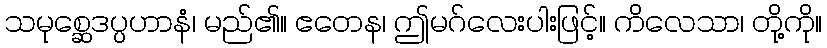
သမုစ္ဆေဒပ္ပဟာနံ၊ မည်၏။ ဧတေန၊ ဤမဂ်လေးပါးဖြင့်။ ကိလေသာ၊ တို့ကို။